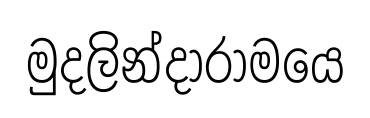
මුදලින්දාරාමයෙ